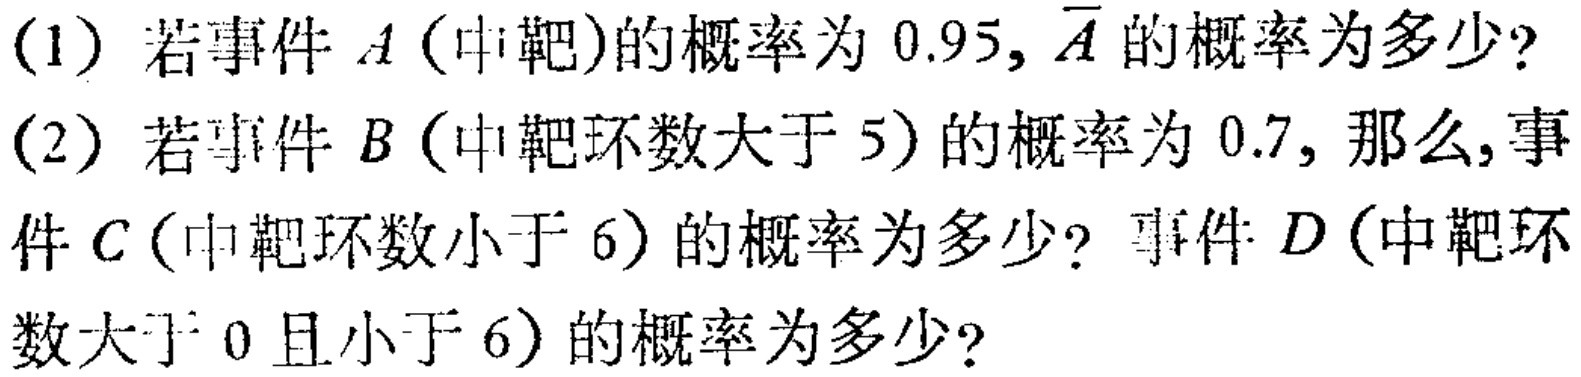
(1) 若事件 \(A\) (中靶)的概率为 \(0.95\), \(\overline{A}\) 的概率为多少?
(2) 若事件 \(B\) (中靶环数大于 \(5\)) 的概率为 \(0.7\), 那么, 事件 \(C\) (中靶环数小于 \(6\)) 的概率为多少? 事件 \(D\) (中靶环数大于 \(0\) 且小于 \(6\)) 的概率为多少?